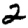
Digit: 2